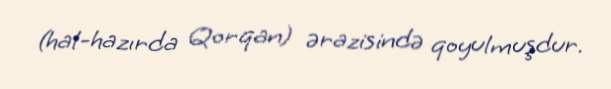
(hal-hazırda Qorqan) ərazisində qoyulmuşdur.